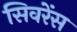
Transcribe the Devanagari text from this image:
सिवरेंस